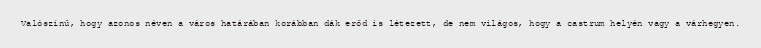
Valószínű, hogy azonos néven a város határában korábban dák erőd is létezett, de nem világos, hogy a castrum helyén vagy a várhegyen.